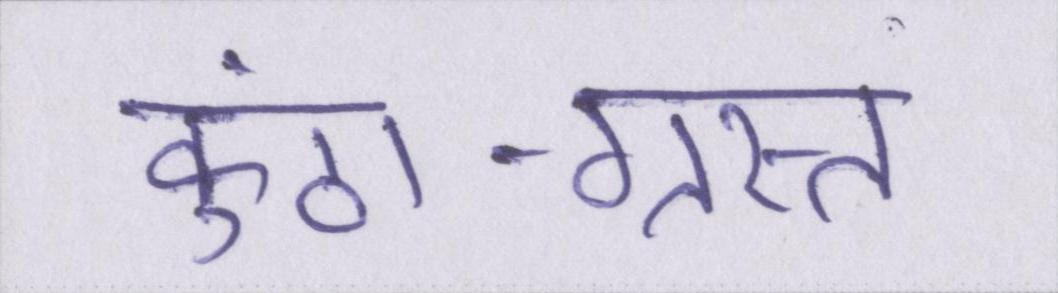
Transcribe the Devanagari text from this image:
कुंठा-ग्रस्त